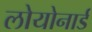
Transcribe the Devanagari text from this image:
लोयोनार्ड